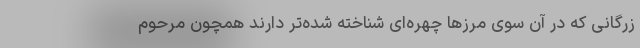
زرگانی که در آن سوی مرزها چهره‌ای شناخته شده‌تر دارند همچون مرحوم